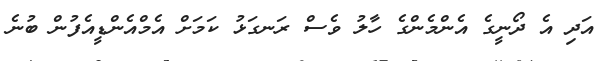
އަދި އެ ދޯނީގެ އެންމެންގެ ހާލު ވެސް ރަނގަޅު ކަމަށް އެމްއެންޑީއެފުން ބުނެ